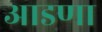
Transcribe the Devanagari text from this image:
आडणा